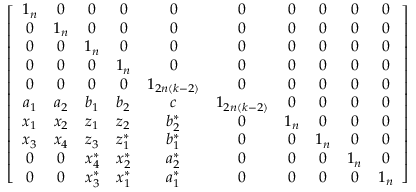
\left[ \begin{array} { c c c c c c c c c c } { 1 _ { n } } & { 0 } & { 0 } & { 0 } & { 0 } & { 0 } & { 0 } & { 0 } & { 0 } & { 0 } \\ { 0 } & { 1 _ { n } } & { 0 } & { 0 } & { 0 } & { 0 } & { 0 } & { 0 } & { 0 } & { 0 } \\ { 0 } & { 0 } & { 1 _ { n } } & { 0 } & { 0 } & { 0 } & { 0 } & { 0 } & { 0 } & { 0 } \\ { 0 } & { 0 } & { 0 } & { 1 _ { n } } & { 0 } & { 0 } & { 0 } & { 0 } & { 0 } & { 0 } \\ { 0 } & { 0 } & { 0 } & { 0 } & { 1 _ { 2 n ( k - 2 ) } } & { 0 } & { 0 } & { 0 } & { 0 } & { 0 } \\ { a _ { 1 } } & { a _ { 2 } } & { b _ { 1 } } & { b _ { 2 } } & { c } & { 1 _ { 2 n ( k - 2 ) } } & { 0 } & { 0 } & { 0 } & { 0 } \\ { x _ { 1 } } & { x _ { 2 } } & { z _ { 1 } } & { z _ { 2 } } & { b _ { 2 } ^ { \ast } } & { 0 } & { 1 _ { n } } & { 0 } & { 0 } & { 0 } \\ { x _ { 3 } } & { x _ { 4 } } & { z _ { 3 } } & { z _ { 1 } ^ { \ast } } & { b _ { 1 } ^ { \ast } } & { 0 } & { 0 } & { 1 _ { n } } & { 0 } & { 0 } \\ { 0 } & { 0 } & { x _ { 4 } ^ { \ast } } & { x _ { 2 } ^ { \ast } } & { a _ { 2 } ^ { \ast } } & { 0 } & { 0 } & { 0 } & { 1 _ { n } } & { 0 } \\ { 0 } & { 0 } & { x _ { 3 } ^ { \ast } } & { x _ { 1 } ^ { \ast } } & { a _ { 1 } ^ { \ast } } & { 0 } & { 0 } & { 0 } & { 0 } & { 1 _ { n } } \end{array} \right]